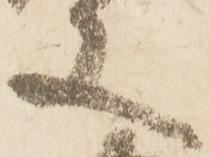
又